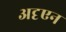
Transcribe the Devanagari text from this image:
अदृएन